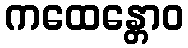
ကထေန္တောဝ